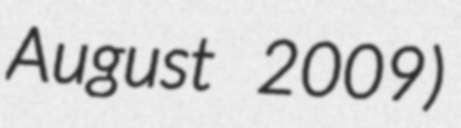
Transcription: August 2009)